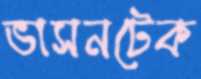
ভাসনটেক